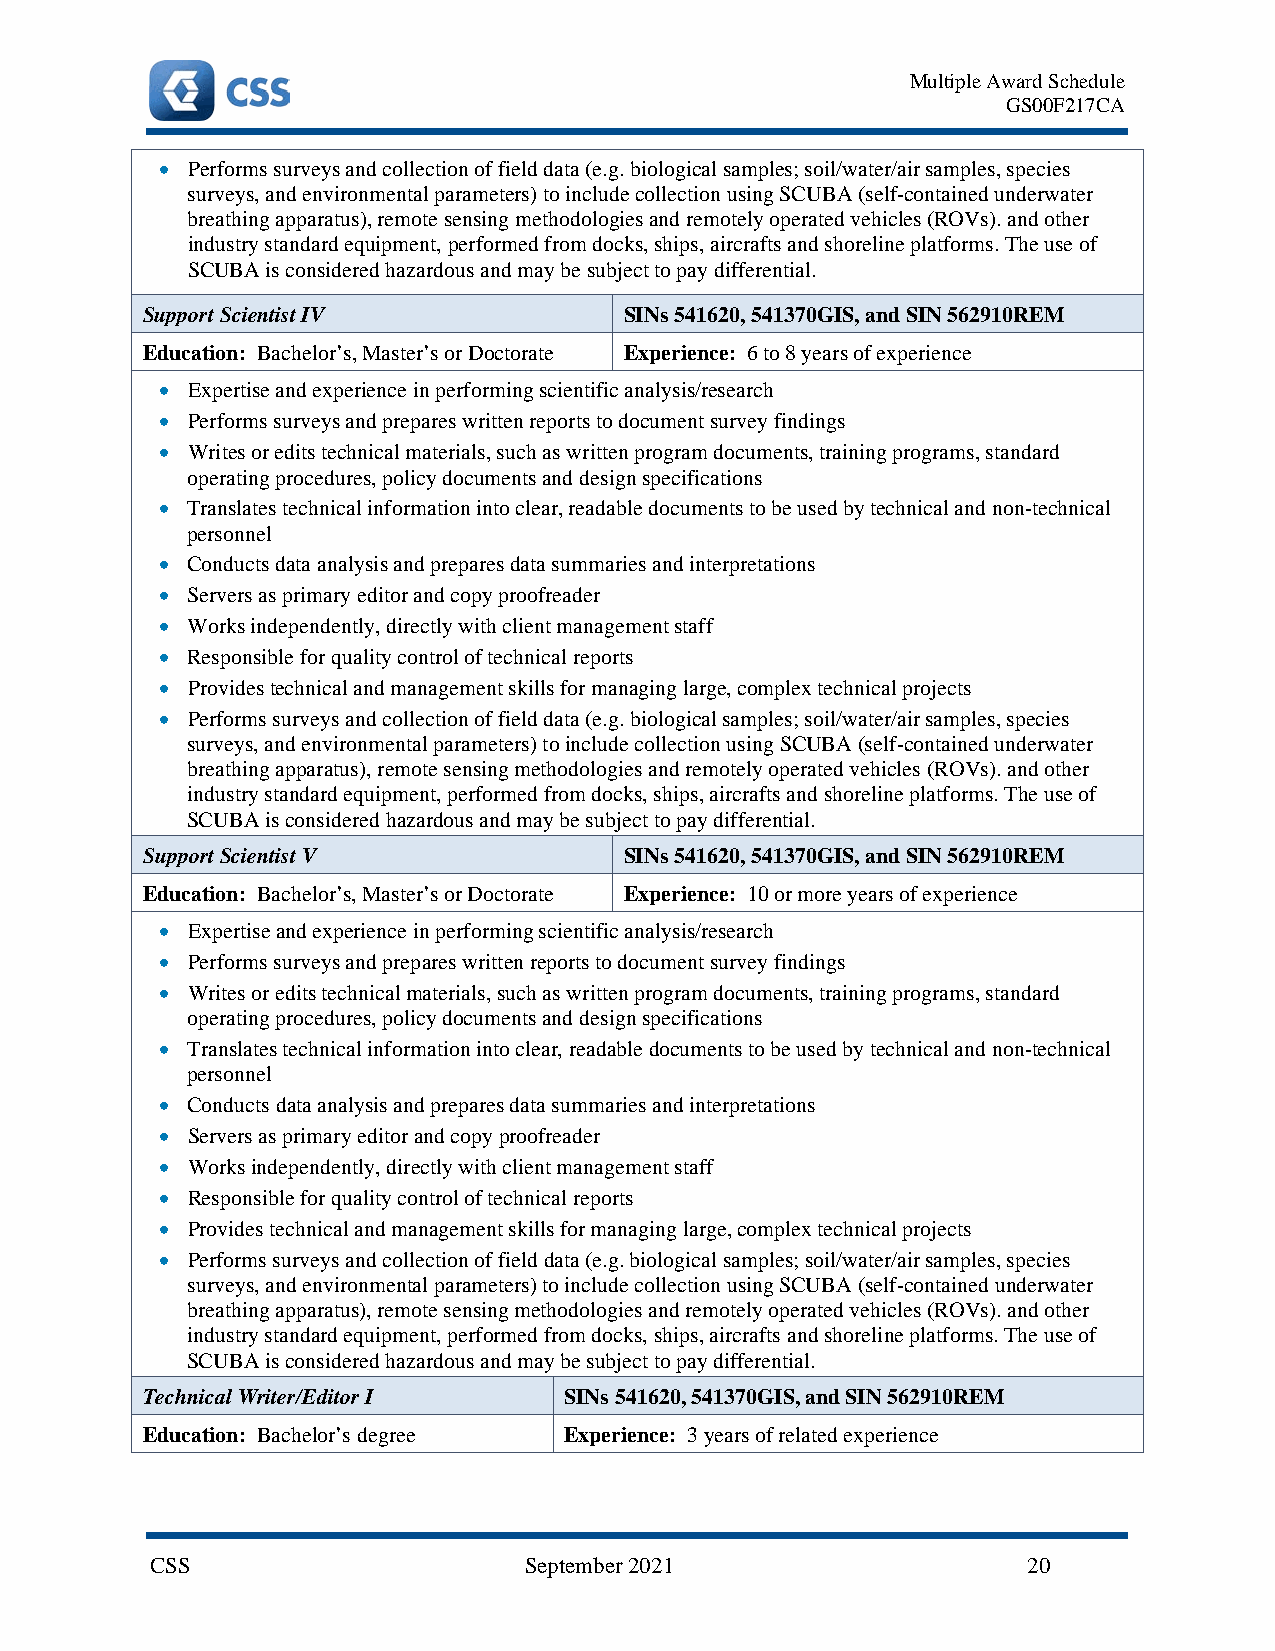
Multiple Award Schedule
 GS00F217CA
 • Performs surveys and collection of field data (e.g. biological samples; soil/water/air samples, species
 surveys, and environmental parameters) to include collection using SCUBA (self-contained underwater
 breathing apparatus), remote sensing methodologies and remotely operated vehicles (ROVs). and other
 industry standard equipment, performed from docks, ships, aircrafts and shoreline platforms. The use of
 SCUBA is considered hazardous and may be subject to pay differential.
 Support Scientist IV            SINs 541620, 541370GIS, and SIN 562910REM
 Education: Bachelor’s, Master’s or Doctorate Experience: 6 to 8 years of experience
 • Expertise and experience in performing scientific analysis/research
 • Performs surveys and prepares written reports to document survey findings
 • Writes or edits technical materials, such as written program documents, training programs, standard
 operating procedures, policy documents and design specifications
 • Translates technical information into clear, readable documents to be used by technical and non-technical
 personnel
 • Conducts data analysis and prepares data summaries and interpretations
 • Servers as primary editor and copy proofreader
 • Works independently, directly with client management staff
 • Responsible for quality control of technical reports
 • Provides technical and management skills for managing large, complex technical projects
 • Performs surveys and collection of field data (e.g. biological samples; soil/water/air samples, species
 surveys, and environmental parameters) to include collection using SCUBA (self-contained underwater
 breathing apparatus), remote sensing methodologies and remotely operated vehicles (ROVs). and other
 industry standard equipment, performed from docks, ships, aircrafts and shoreline platforms. The use of
 SCUBA is considered hazardous and may be subject to pay differential.
 Support Scientist V             SINs 541620, 541370GIS, and SIN 562910REM
 Education: Bachelor’s, Master’s or Doctorate Experience: 10 or more years of experience
 • Expertise and experience in performing scientific analysis/research
 • Performs surveys and prepares written reports to document survey findings
 • Writes or edits technical materials, such as written program documents, training programs, standard
 operating procedures, policy documents and design specifications
 • Translates technical information into clear, readable documents to be used by technical and non-technical
 personnel
 • Conducts data analysis and prepares data summaries and interpretations
 • Servers as primary editor and copy proofreader
 • Works independently, directly with client management staff
 • Responsible for quality control of technical reports
 • Provides technical and management skills for managing large, complex technical projects
 • Performs surveys and collection of field data (e.g. biological samples; soil/water/air samples, species
 surveys, and environmental parameters) to include collection using SCUBA (self-contained underwater
 breathing apparatus), remote sensing methodologies and remotely operated vehicles (ROVs). and other
 industry standard equipment, performed from docks, ships, aircrafts and shoreline platforms. The use of
 SCUBA is considered hazardous and may be subject to pay differential.
 Technical Writer/Editor I   SINs 541620, 541370GIS, and SIN 562910REM
 Education: Bachelor’s degree Experience: 3 years of related experience
 CSS                      September 2021                   20